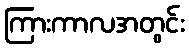
ကြားကာလအတွင်း